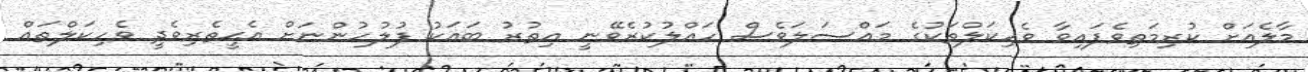
މާލެއަށް ކުރިމަތިވެފައިވާ ވެހިކަލްތަކުގެ މައްސަލަވެސް ހައްލުކުރެވޭނީ އިތުރު ބައަކު ފުލުހުންނަށް އެޙީތެރިވެދީ ވެހިކަލްތައް